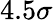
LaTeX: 4.5\sigma